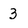
Character: 3